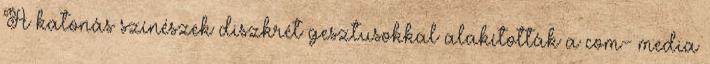
A katonás színészek diszkrét gesztusokkal alakították a com- media